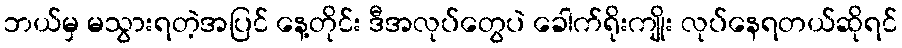
ဘယ်မှ မသွားရတဲ့အပြင် နေ့တိုင်း ဒီအလုပ်တွေပဲ ခေါက်ရိုးကျိုး လုပ်နေရတယ်ဆိုရင်